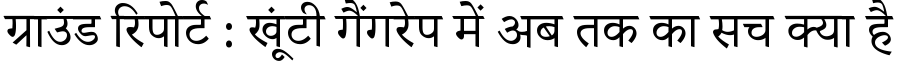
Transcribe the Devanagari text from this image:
ग्राउंड रिपोर्ट : खूंटी गैंगरेप में अब तक का सच क्या है